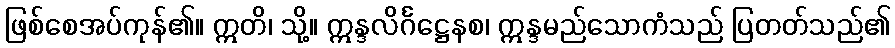
ဖြစ်စေအပ်ကုန်၏။ ဣတိ၊ သို့။ ဣန္ဒလိင်္ဂဋ္ဌေနစ၊ ဣန္ဒမည်သောကံသည် ပြတတ်သည်၏